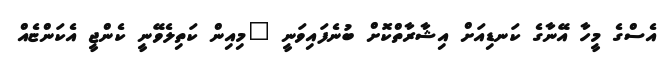
އެސްގެ މީހާ އޭނާގެ ކަނޑިއަށް އިޝާރާތްކޮށް ބުނެފައިވަނީ "މިއިން ކަތިލެވޭނީ ކެންޖީ އެކަންޏެއް